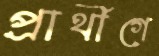
প্রার্থীগে